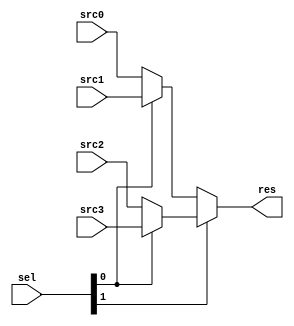
`timescale 1ns / 1ps
//////////////////////////////////////////////////////////////////////////////////
// Company:
// Engineer:
//
// Design Name:
// Module Name: MUX2
// Project Name:
// Target Devices:
// Tool Versions:
// Description:
//
// Dependencies:
//
// Revision:
// Revision 0.01 - File Created
// Additional Comments:
//
//////////////////////////////////////////////////////////////////////////////////


module MUX2 #(parameter WIDTH = 32)
            (input [WIDTH-1 : 0] src0,
              src1,
              src2,
              src3,
              input [1 : 0] sel,
              output [WIDTH-1 : 0] res);
    
    assign res = sel[1] ? (sel[0] ? src3 : src2) : (sel[0] ? src1 : src0);
    
endmodule